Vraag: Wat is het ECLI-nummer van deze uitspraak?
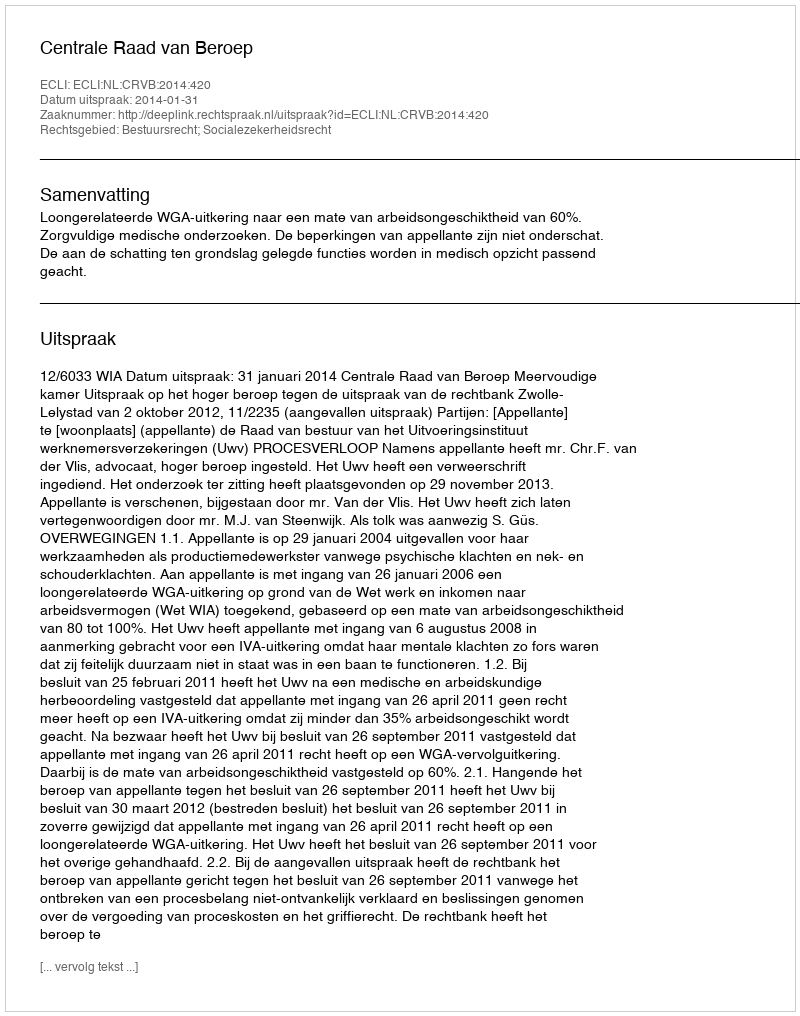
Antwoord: ECLI:NL:CRVB:2014:420